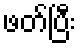
ဖတ်ပြီး